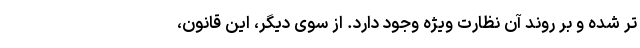
تر شده و بر روند آن نظارت ویژه وجود دارد. از سوی دیگر، این قانون،